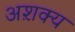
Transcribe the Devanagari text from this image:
अश़क्य